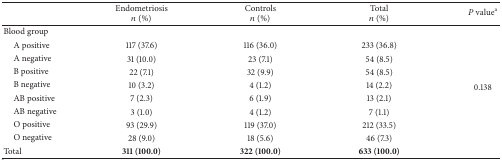
<table><thead><tr><td><b> </b></td><td><b>Endometriosis<i>n</i> (%)</b></td><td><b>Controls<i>n</i> (%)</b></td><td><b>Total<i>n</i> (%)</b></td><td><b><i>P</i> value<sup>a</sup></b></td></tr></thead><tbody><tr><td>Blood group</td><td> </td><td> </td><td> </td><td> </td></tr><tr><td> A positive</td><td>117 (37.6)</td><td>116 (36.0)</td><td>233 (36.8)</td><td rowspan="8">0.138</td></tr><tr><td> A negative</td><td>31 (10.0)</td><td>23 (7.1)</td><td>54 (8.5)</td></tr><tr><td> B positive</td><td>22 (7.1)</td><td>32 (9.9)</td><td>54 (8.5)</td></tr><tr><td> B negative</td><td>10 (3.2)</td><td>4 (1.2)</td><td>14 (2.2)</td></tr><tr><td> AB positive</td><td>7 (2.3)</td><td>6 (1.9)</td><td>13 (2.1)</td></tr><tr><td> AB negative</td><td>3 (1.0)</td><td>4 (1.2)</td><td>7 (1.1)</td></tr><tr><td> O positive</td><td>93 (29.9)</td><td>119 (37.0)</td><td>212 (33.5)</td></tr><tr><td> O negative</td><td>28 (9.0)</td><td>18 (5.6)</td><td>46 (7.3)</td></tr><tr><td>Total</td><td><b>311 (100.0)</b></td><td><b>322 (100.0)</b></td><td><b>633 (100.0)</b></td><td> </td></tr></tbody></table>